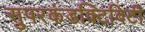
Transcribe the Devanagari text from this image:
सुपरकंडक्टिविटी